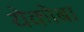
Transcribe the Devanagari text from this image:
येकोबा